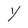
Character: Y